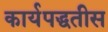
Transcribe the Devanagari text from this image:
कार्यपद्धतीस